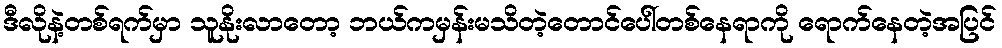
ဒီလိုနဲ့တစ်ရက်မှာ သူနိုးလာတော့ ဘယ်ကမှန်းမသိတဲ့တောင်ပေါ်တစ်နေရာကို ရောက်နေတဲ့အပြင်